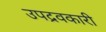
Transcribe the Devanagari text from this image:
उपद्रवकारी